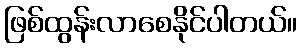
ဖြစ်ထွန်းလာစေနိုင်ပါတယ်။